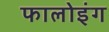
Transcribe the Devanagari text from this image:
फालोइंग